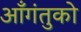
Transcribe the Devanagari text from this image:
आँगंतुको